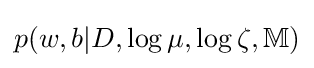
p(w,b|D,\log \mu ,\log \zeta ,\mathbb {M} )